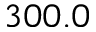
3 0 0 . 0